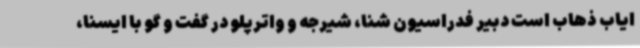
ایاب ذهاب است دبیر فدراسیون شنا، شیرجه و واترپلو در گفت و گو با ایسنا،